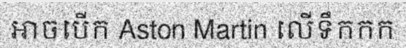
អាចបើក Aston Martin លើទឹកកក